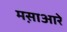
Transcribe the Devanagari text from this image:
मस़ाआरे